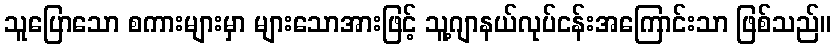
သူပြောသော စကားများမှာ များသောအားဖြင့် သူ့ဂျာနယ်လုပ်ငန်းအကြောင်းသာ ဖြစ်သည်။